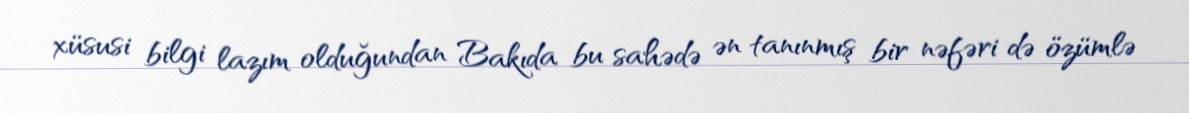
xüsusi bilgi lazım olduğundan Bakıda bu sahədə ən tanınmış bir nəfəri də özümlə